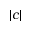
| c |